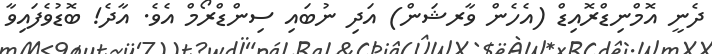
ދެނީ އޮމްނިޑްރޮއިޑް (އެހެން ވާރޝަން) އަދި ނުބައި ސިންޑްރޯމް އެވެ. އާދެ! ބޮޑުވެފައިވާ